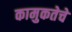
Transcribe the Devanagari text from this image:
कामुकतेचे